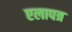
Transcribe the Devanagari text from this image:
एलापत्र